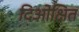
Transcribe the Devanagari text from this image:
दिओक्षित